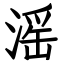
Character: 滛